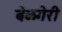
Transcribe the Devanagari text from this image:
बेळगेरी